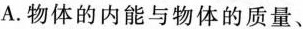
A.物体的内能与物体的质量、